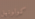
كولونيل